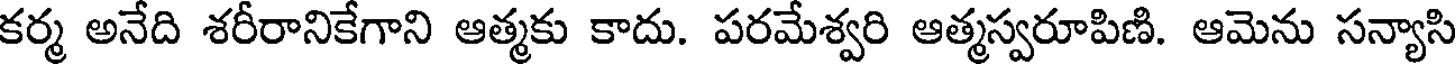
కర్మ అనేది శరీరానికేగాని ఆత్మకు కాదు. పరమేశ్వరి ఆత్మస్వరూపిణి. ఆమెను సన్యాసి